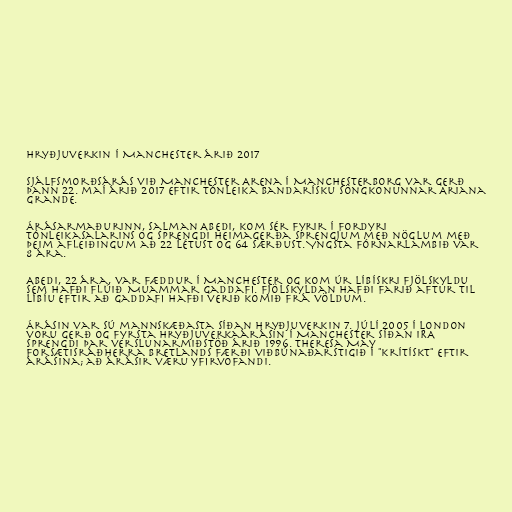
Hryðjuverkin í Manchester árið 2017

Sjálfsmorðsárás við Manchester Arena í Manchesterborg var gerð
þann 22. maí árið 2017 eftir tónleika bandarísku söngkonunnar Ariana
Grande.

Árásarmaðurinn, Salman Abedi, kom sér fyrir í fordyri
tónleikasalarins og sprengdi heimagerða sprengjum með nöglum með
þeim afleiðingum að 22 létust og 64 særðust. Yngsta fórnarlambið var
8 ára.

Abedi, 22 ára, var fæddur í Manchester og kom úr líbískri fjölskyldu
sem hafði flúið Muammar Gaddafi. Fjölskyldan hafði farið aftur til
Líbíu eftir að Gaddafi hafði verið komið frá völdum.

Árásin var sú mannskæðasta síðan hryðjuverkin 7. júlí 2005 í London
voru gerð og fyrsta hryðjuverkaárásin í Manchester síðan IRA
sprengdi þar verslunarmiðstöð árið 1996. Theresa May
forsætisráðherra Bretlands færði viðbúnaðarstigið í "krítískt" eftir
árásina; að árásir væru yfirvofandi.